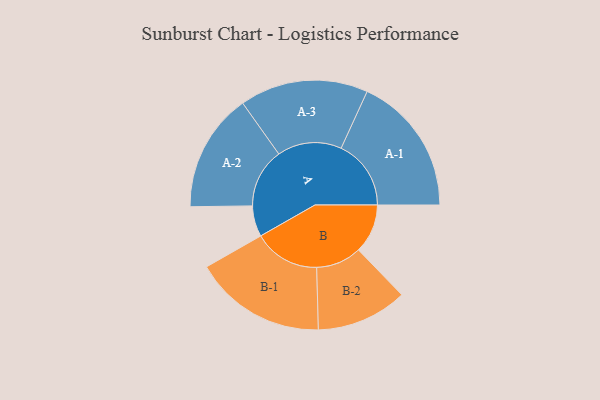
{"axis": {"x": "Segment", "y": "Value"}, "legend": ["", "A", "B"], "data": [{"x": "A", "y": 125, "type": ""}, {"x": "B", "y": 199, "type": ""}, {"x": "A-1", "y": 283, "type": "A"}, {"x": "A-2", "y": 240, "type": "A"}, {"x": "A-3", "y": 260, "type": "A"}, {"x": "B-1", "y": 268, "type": "B"}, {"x": "B-2", "y": 184, "type": "B"}]}